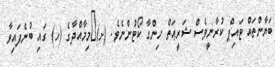
ބަޔާންތައް ޓައިޕް ކުރާނީވެސް ޝަރީޢަތް ހިންގާ ކޯޓުންނެވެ. (ށ)	މިމާއްދާގެ (ހ) ގައި ބުނެފައިވާ